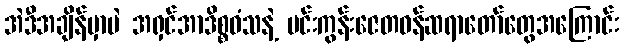
အဲဒီအချိန်မှာပဲ အရှင်အာဒိစ္စဝံသနဲ့ မင်းကွန်းဇေတဝန်ဆရာတော်တွေအကြောင်း